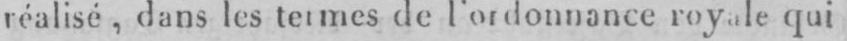
royale qui